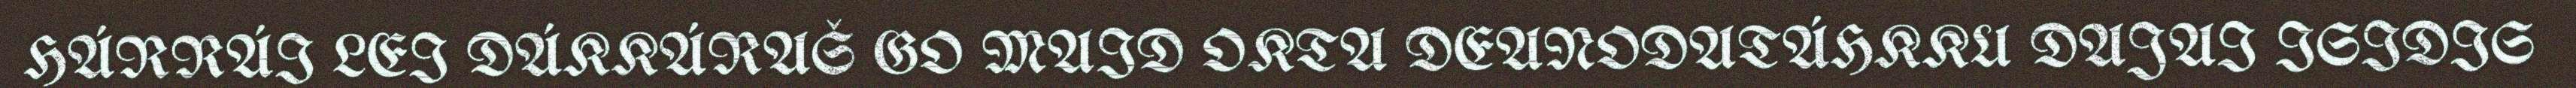
HÁRRÁI LEI DÁKKÁRAŠ GO MAID OKTA DEANODATÁHKKU DAJAI ISIDIS